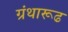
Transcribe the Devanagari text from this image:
ग्रंथारूढ